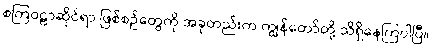
စကြဝဠာဆိုင်ရာ ဖြစ်စဉ်တွေကို အခုတည်းက ကျွန်တော်တို့ သိရှိနေကြပါပြီ။